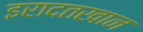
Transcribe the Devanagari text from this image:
इरादतखान